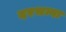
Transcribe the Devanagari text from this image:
दरभन्गा